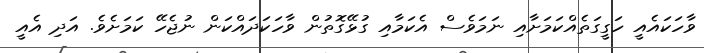
ވާހަކައެއީ ހަގީގަތެއްކަމަށާއި ނަމަވެސް އެކަމާއި ގުޅޭގޮތުން ވާހަކަދައްކަން ނުޖެހޭ ކަމަށެވެ. އަދި އެއީ